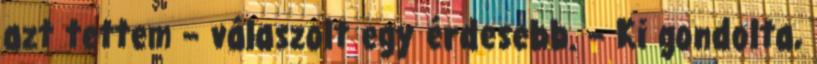
azt tettem – válaszolt egy érdesebb. – Ki gondolta,